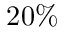
2 0 \%